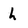
Character: h